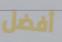
أفضل